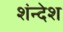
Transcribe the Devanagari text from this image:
शंन्देश